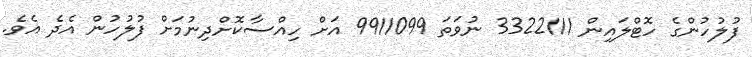
ފުލުހުންގެ ހޮޓްލައިން 3322111 ނުވަތަ 9911099 އަށް ހިއްސާކޮށްދިނުމަށް ފުލުހުން އެދެ އެވެ.